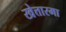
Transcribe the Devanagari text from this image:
खेत्तारमा